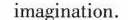
imagination.